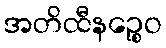
အတိထီနဉ္စေဝ